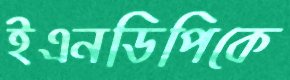
ইএনডিপিকে